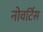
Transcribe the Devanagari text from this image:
नोवर्टिस